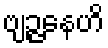
ဗျဉ္ဇနေဟိ